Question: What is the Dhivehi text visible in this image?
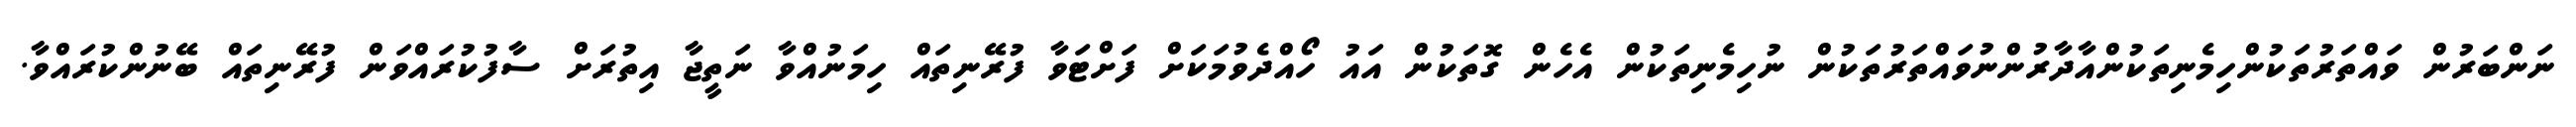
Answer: ނަންބަރުން ވައްތަރުތަކުންހިމެނިތަކުންއާދާރުންނުވައްތަރުތަކުން ނުހިމެނިތަކުން އެހެން ގޮތަކުން އައު ހޯއްދެވުމަކަށް ފަށްޓަވާ ފުރޭނިތައް ހިމަނުއްވާ ނަތީޖާ އިތުރަށް ސާފުކުރައްވަން ފުރޭނިތައް ބޭނުންކުރައްވާ.